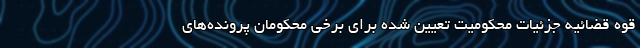
قوه قضائیه جزئیات محکومیت تعیین شده برای برخی محکومان پرونده‌های